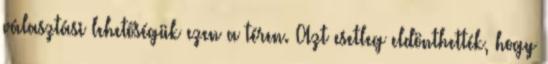
választási lehetőségük ezen a téren. Azt esetleg eldönthették, hogy